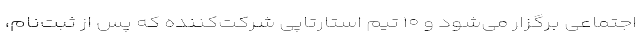
اجتماعی برگزار می‌شود و ۱۰ تیم استارتاپیِ شرکت‌کننده که پس از ثبت‌نام،